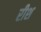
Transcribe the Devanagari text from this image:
रीश